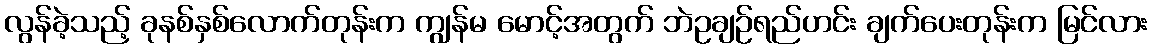
လွန်ခဲ့သည့် ခုနစ်နှစ်လောက်တုန်းက ကျွန်မ မောင့်အတွက် ဘဲဥချဉ်ရည်ဟင်း ချက်ပေးတုန်းက မြင်လား